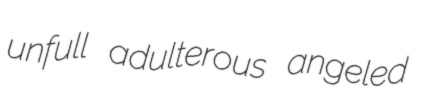
unfull adulterous angeled